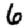
Digit: 6